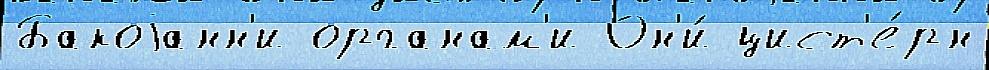
Бакоjанн'и органам'и Он'и́ цист'е́рн